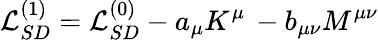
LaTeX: {\cal L}_{SD}^{(1)}={\cal L}_{SD}^{(0)}-a_{\mu}K^{\mu}\, -b_{\mu\nu}M^{\mu\nu}